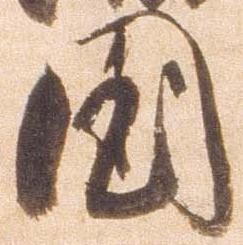
国